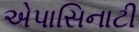
એપાસિનાટી